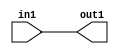
`timescale 1ps / 1ps

// Generated by Cadence Genus(TM) Synthesis Solution 17.11-s014_1
// Generated on: Apr 12 2022 14:47:23 CST (Apr 12 2022 06:47:23 UTC)

module GaussFilter_Add_3U_8_4(in1, out1);
  input [2:0] in1;
  output [2:0] out1;
  wire [2:0] in1;
  wire [2:0] out1;
  assign out1[0] = in1[0];
  assign out1[1] = in1[1];
  assign out1[2] = in1[2];
endmodule